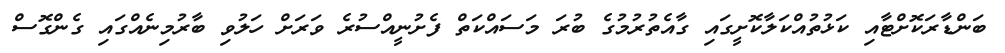
ބަންޑާރަކޮށްޓާއި ކަޅުތުއްކަލާކޮށީގައި ގާއެތުރުމުގެ ބުރަ މަސައްކަތް ފެށުނީއްސުރެ ވަރަށް ހަލުވި ބާރުމިނެއްގައި ގެންގޮސް